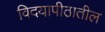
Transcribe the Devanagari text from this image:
विदयापीठातील